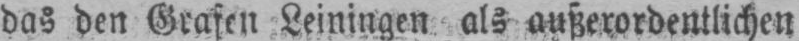
das den Grafen Leiningen als außerordentlichen